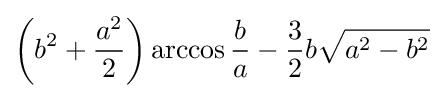
\left(b^{2}+{{a^{2}} \over 2}\right)\arccos {b \over a}-{3 \over 2}b{\sqrt {a^{2}-b^{2}}}